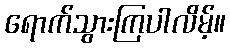
ရောက်သွားကြပါလိမ့်။